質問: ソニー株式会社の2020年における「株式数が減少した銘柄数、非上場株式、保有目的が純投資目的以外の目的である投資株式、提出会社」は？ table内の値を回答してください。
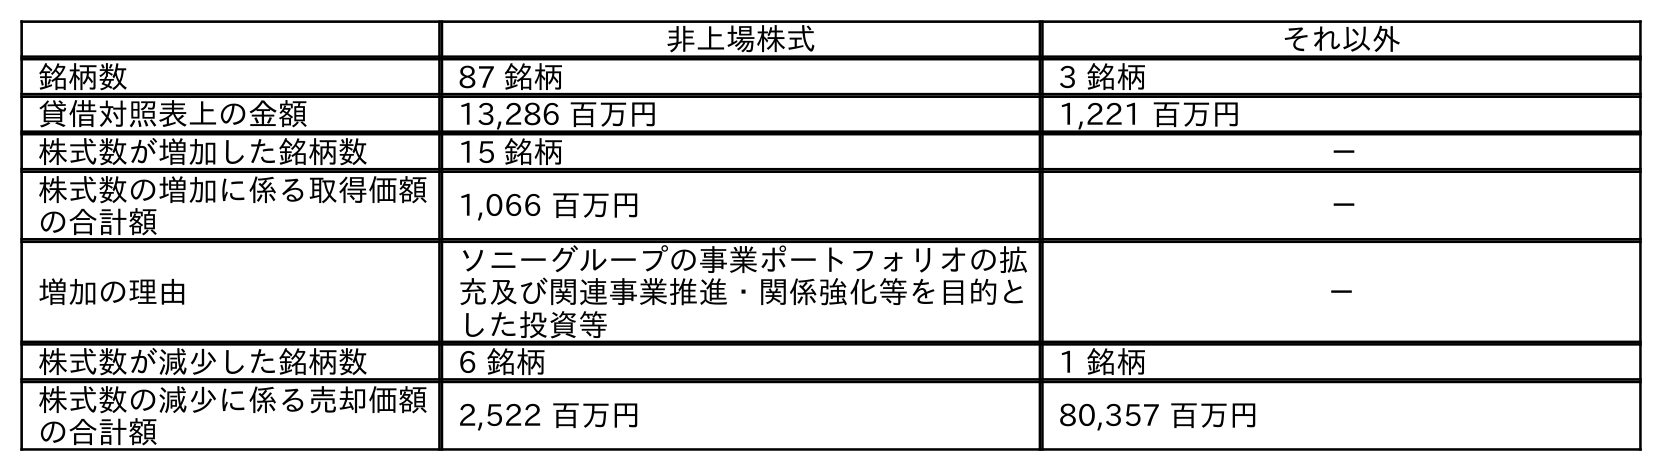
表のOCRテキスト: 非上場株式 それ以外 銘柄数 87 銘柄 3 銘柄 貸借対照表上の金額 13,286 百万円 1,221 百万円 株式数が増加した銘柄数 15 銘柄 － 株式数の増加に係る取得価額 の合計額 1,066 百万円 － 増加の理由 ソニーグループの事業ポートフォリオの拡 充及び関連事業推進・関係強化等を目的と した投資等 － 株式数が減少した銘柄数 6 銘柄 1 銘柄 株式数の減少に係る売却価額 の合計額 2,522 百万円 80,357 百万円
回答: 6銘柄